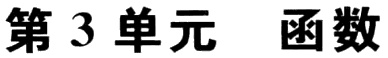
第 3 单元  函数